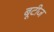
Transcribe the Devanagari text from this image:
बूटीज